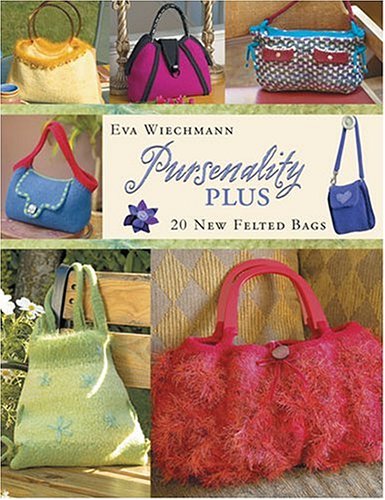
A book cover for Pursenality Plus: 20 New Felted Bags; Eva Wiechmann; Crafts, Hobbies & Home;